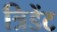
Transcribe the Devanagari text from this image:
त्रिडेंट